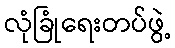
လုံခြုံရေးတပ်ဖွဲ့